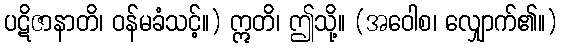
ပဋိဇာနာတိ၊ ဝန်မခံသင့်။) ဣတိ၊ ဤသို့။ (အဝေါစ၊ လျှောက်၏။)